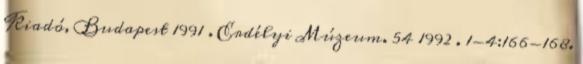
Kiadó, Budapest 1991 . Erdélyi Múzeum. 54 1992 . 1-4:166-168.